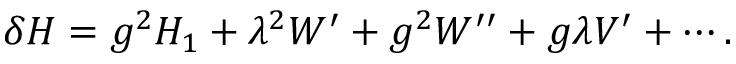
\delta H = g ^ { 2 } H _ { 1 } + \lambda ^ { 2 } W ^ { \prime } + g ^ { 2 } W ^ { \prime \prime } + g \lambda V ^ { \prime } + \cdots .